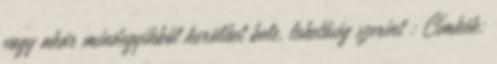
vagy akár mindegyikből kerülhet bele, lehetőség szerint : Címkék: